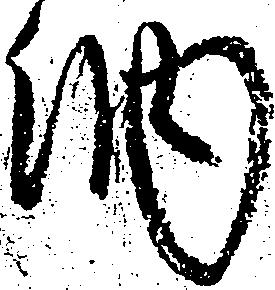
納